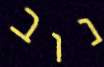
נוב